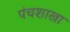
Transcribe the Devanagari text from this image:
पंचशाखा